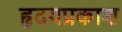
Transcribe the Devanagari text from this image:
हृदयप्रकाश